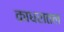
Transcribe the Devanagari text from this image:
काधरातल